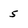
Character: 5